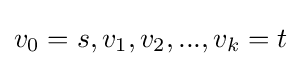
v_{0}=s,v_{1},v_{2},...,v_{k}=t